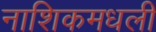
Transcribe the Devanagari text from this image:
नाशिकमधली